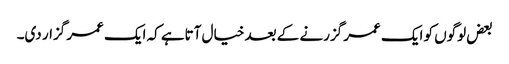
بعض لوگوں کو ایک عمر گزرنے کے بعد خیال آتاہے کہ ایک عمر گزار دی۔